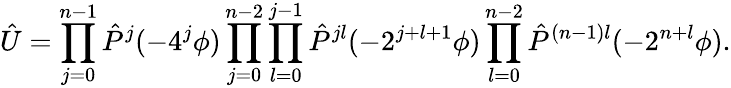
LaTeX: \hat{U}=\prod_{j=0}^{n-1}\hat{P}^{j}(-4^{j}\phi)\prod_{j=0}^{n-2}\prod_{l=0}^{j-1}\hat{P}^{jl}(-2^{j+l+1}\phi)\prod_{l=0}^{n-2}\hat{P}^{(n-1)l}(-2^{n+l}\phi).